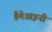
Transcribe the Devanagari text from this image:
डैमेआइनी